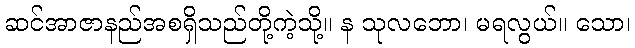
ဆင်အာဇာနည်အစရှိသည်တို့ကဲ့သို့။ န သုလဘော၊ မရလွယ်။ သော၊